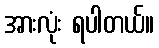
အားလုံး ရပါတယ်။